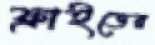
ফ্রাইডের